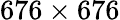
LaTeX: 676\times 676